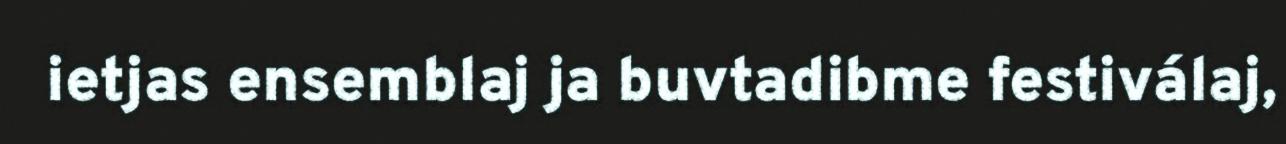
ietjas ensemblaj ja buvtadibme festiválaj,